Suure-Kopu_vallavalitsus, lk 17
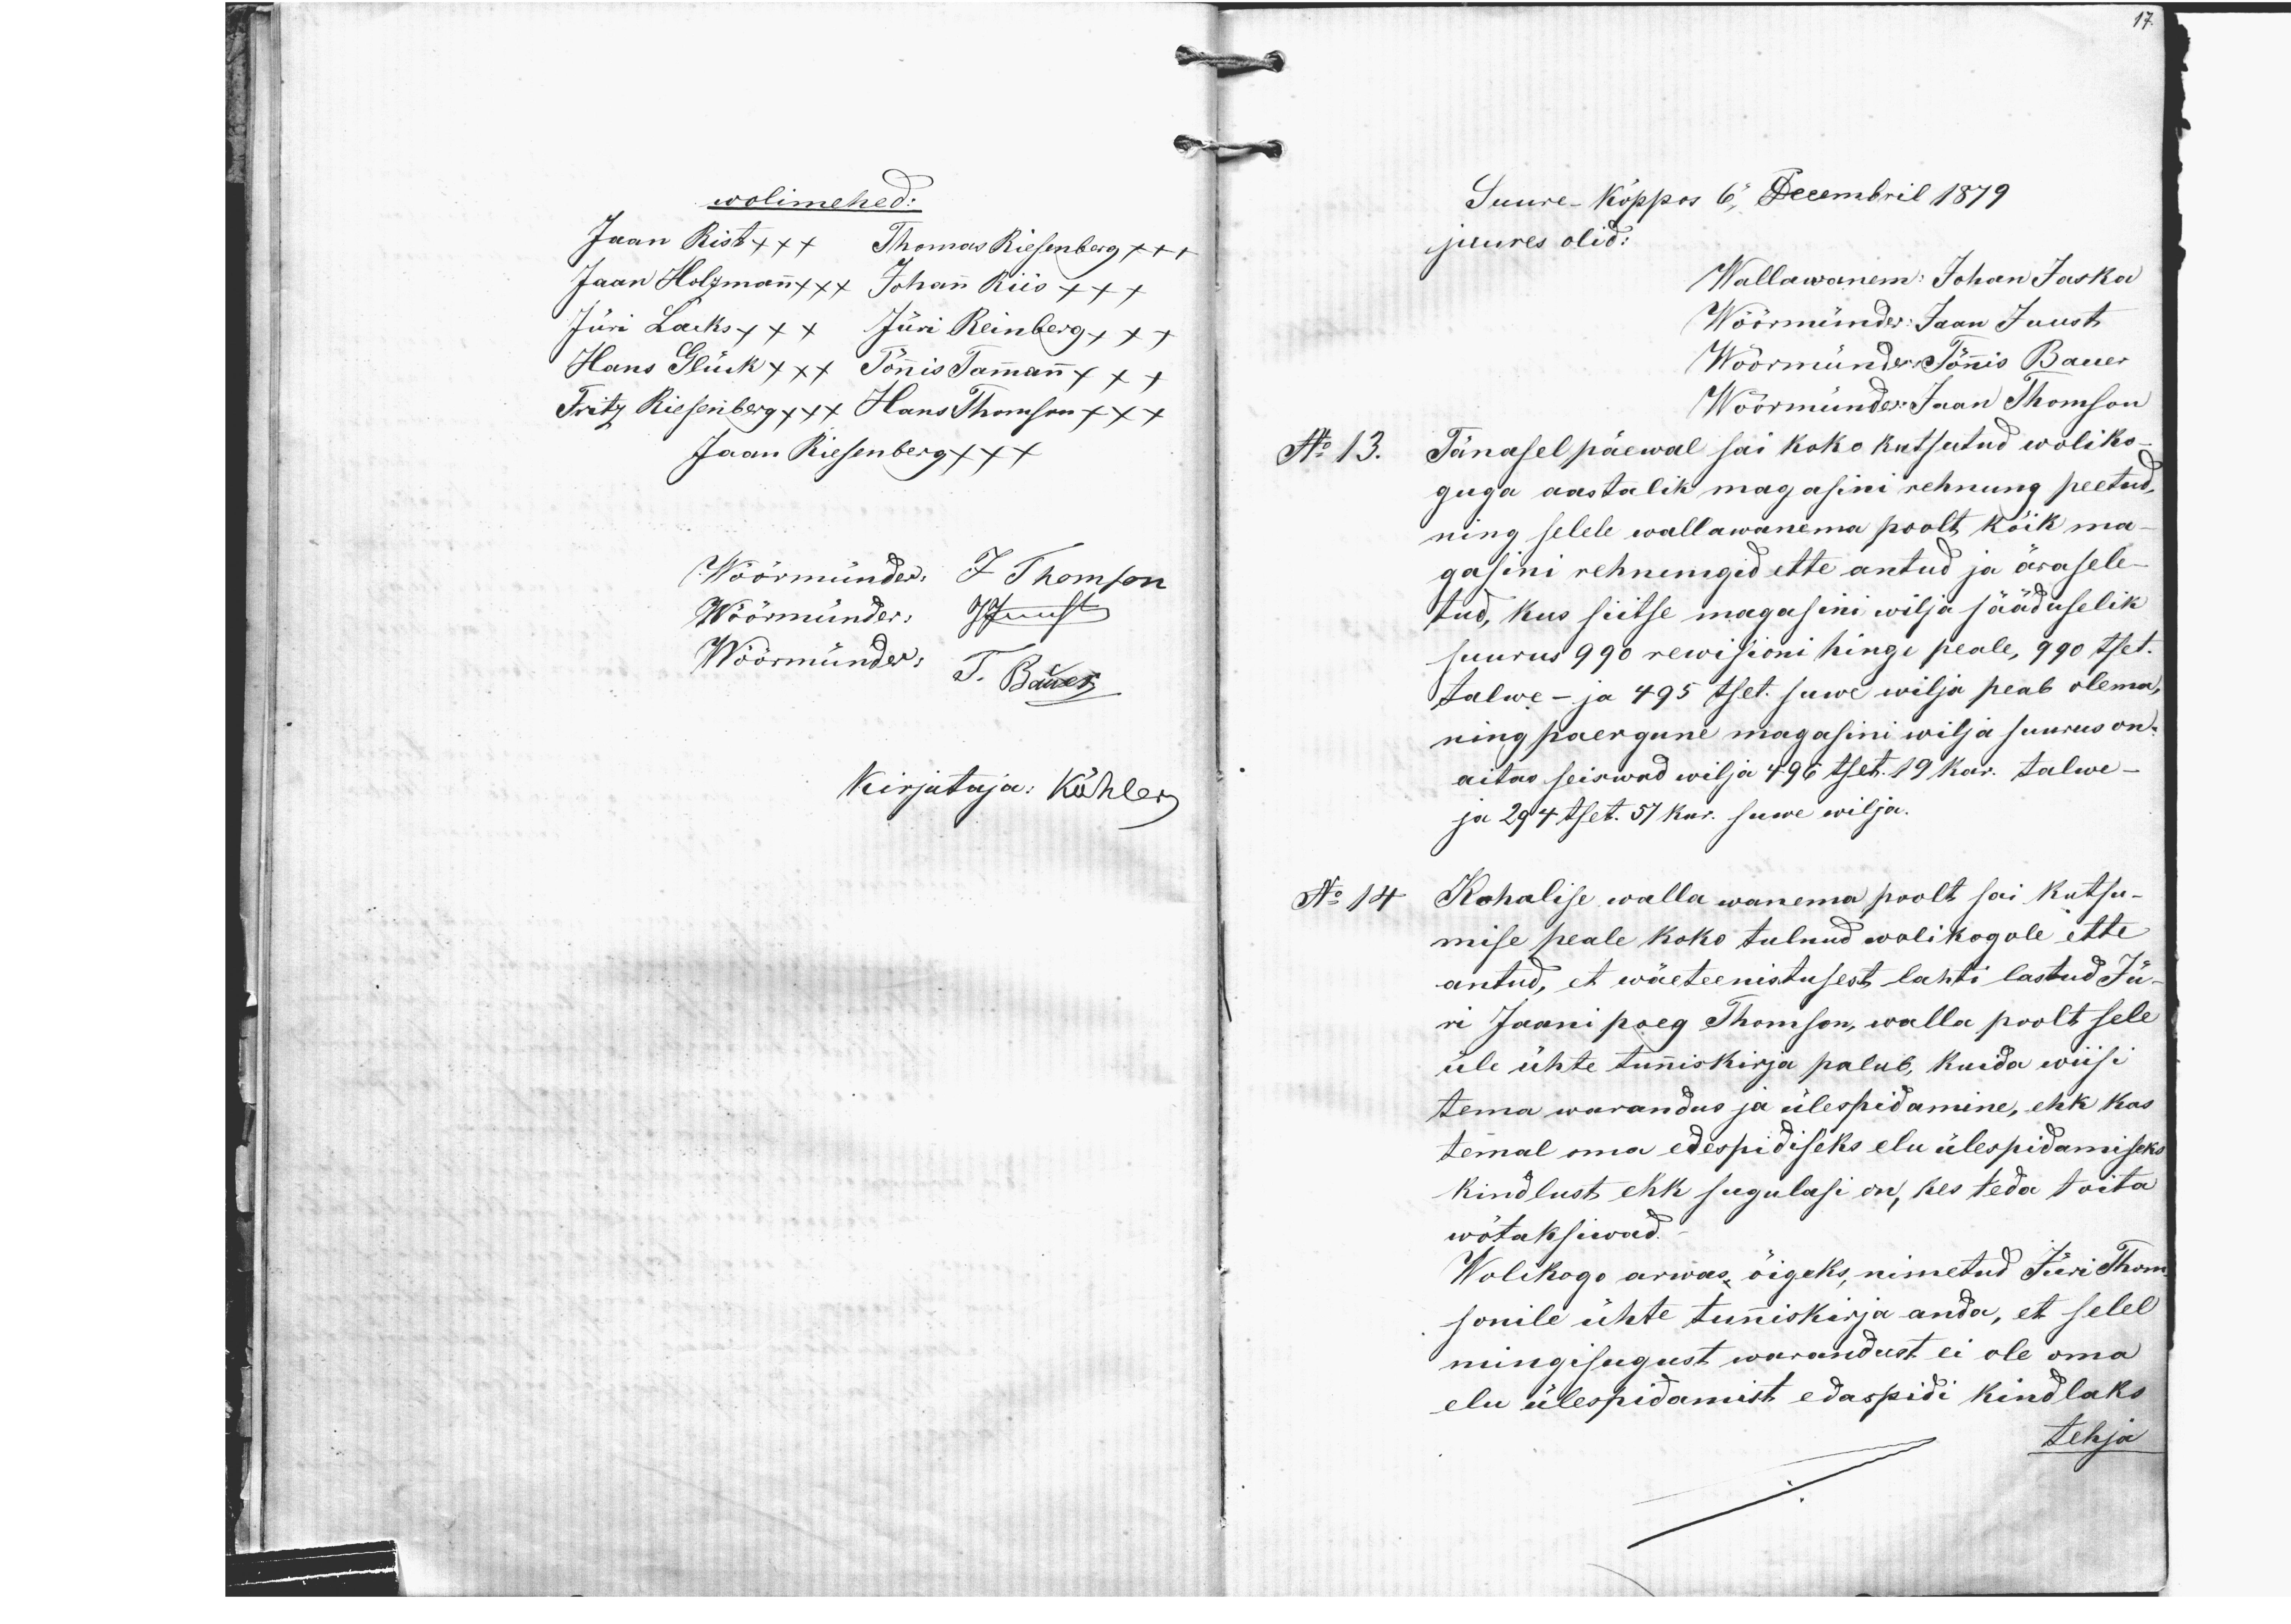
17.

wolimehed:
Jaan Rist xxx Thomas Riesenberg xxx
Jaan Holzmann xxx Johann Riis xxx
Jüri Lacks xxx Jüri Reinberg xxx
Hans Glück xxx Tõnnis Tammann xxx
Fritz Riesenberg xxx Hans Thomson xxx
Jaan Riesenberg xxx
Wöörmünder: J Thomson
Wöörmünder JJuust
Wöörmünder: J. Bäwes
Kirjutaja: Köhler

Suure-Kõppos 6, Decembril 1879.
juures olid:
Wallawanem: Johan Jaska
Wöörmünder: Jaan Juust
Wöörmünder:  Tõnnis Bauer
Woormünder: Jaan Tomson
No 13. Tänasel päewal sai koko kutsutud woliko-
guga aastalik magasini rehnung peetud,
ning selele wallawanema poolt, kõik ma-
gasini rehnungid ette antud ja ärasele-
tud, kus siitse magasini wilja sääduselik
suurus 990 rewisioni hinge peale, 990 tset.
talwe- ja 495 tset. suwe wilja peab olema,
ning paergune magasini wilja suurus on.
aitas seiswad wilja 496 tset. 19 kar. talwe-
ja 294 tset. 57 kar. suwe wilja.
Kohalise walla wanema poolt sai kutsu-
mise peale koko tulnud wolikogole ette
antud, et wäeteenistusest lahti lastud Jü-
ri Jaani poeg Thomson, walla poolt sele
üle ühte tunniskirja palub, kuida wiisi
tema warandus ja ülespidamine, ehk kas
temal oma edespidiseks elu ülespidamiseks
kindlust ehk sugulasi on, kes teda toita
wõtaksiwad.
Wolikogo arwas, õigeks, nimetud Jüri Thom
sonile ühte tuniskirja anda, et selel
mingisugust warandust ei ole oma
elu ülespidamist edaspidi kindlaks
tehja

No 14